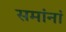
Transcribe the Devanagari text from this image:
समांनां